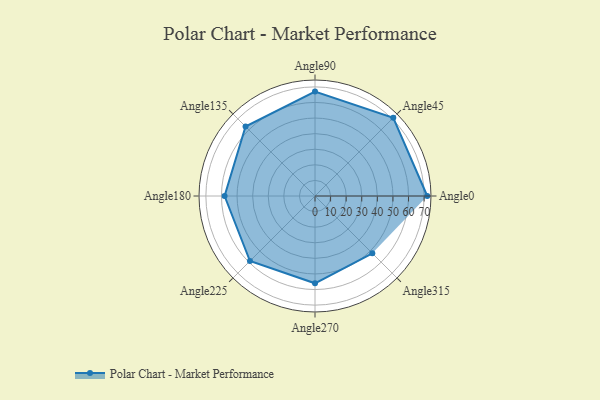
{"axis": {"x": "Angle", "y": "Radius"}, "legend": [""], "data": [{"x": "Angle0", "y": 72.0, "type": ""}, {"x": "Angle45", "y": 71.0, "type": ""}, {"x": "Angle90", "y": 67.0, "type": ""}, {"x": "Angle135", "y": 63.0, "type": ""}, {"x": "Angle180", "y": 58.0, "type": ""}, {"x": "Angle225", "y": 59.0, "type": ""}, {"x": "Angle270", "y": 56.0, "type": ""}, {"x": "Angle315", "y": 52.0, "type": ""}]}